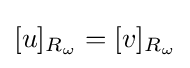
[u]_{R_{\omega }}=[v]_{R_{\omega }}